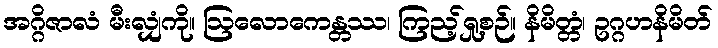
အဂ္ဂိဇာလံ မီးလျှံကို။ ဩလောကေန္တဿ၊ ကြည့်ရှု့စဉ်။ နိမိတ္တံ၊ ဥဂ္ဂဟနိမိတ်